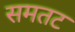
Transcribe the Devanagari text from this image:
समतट